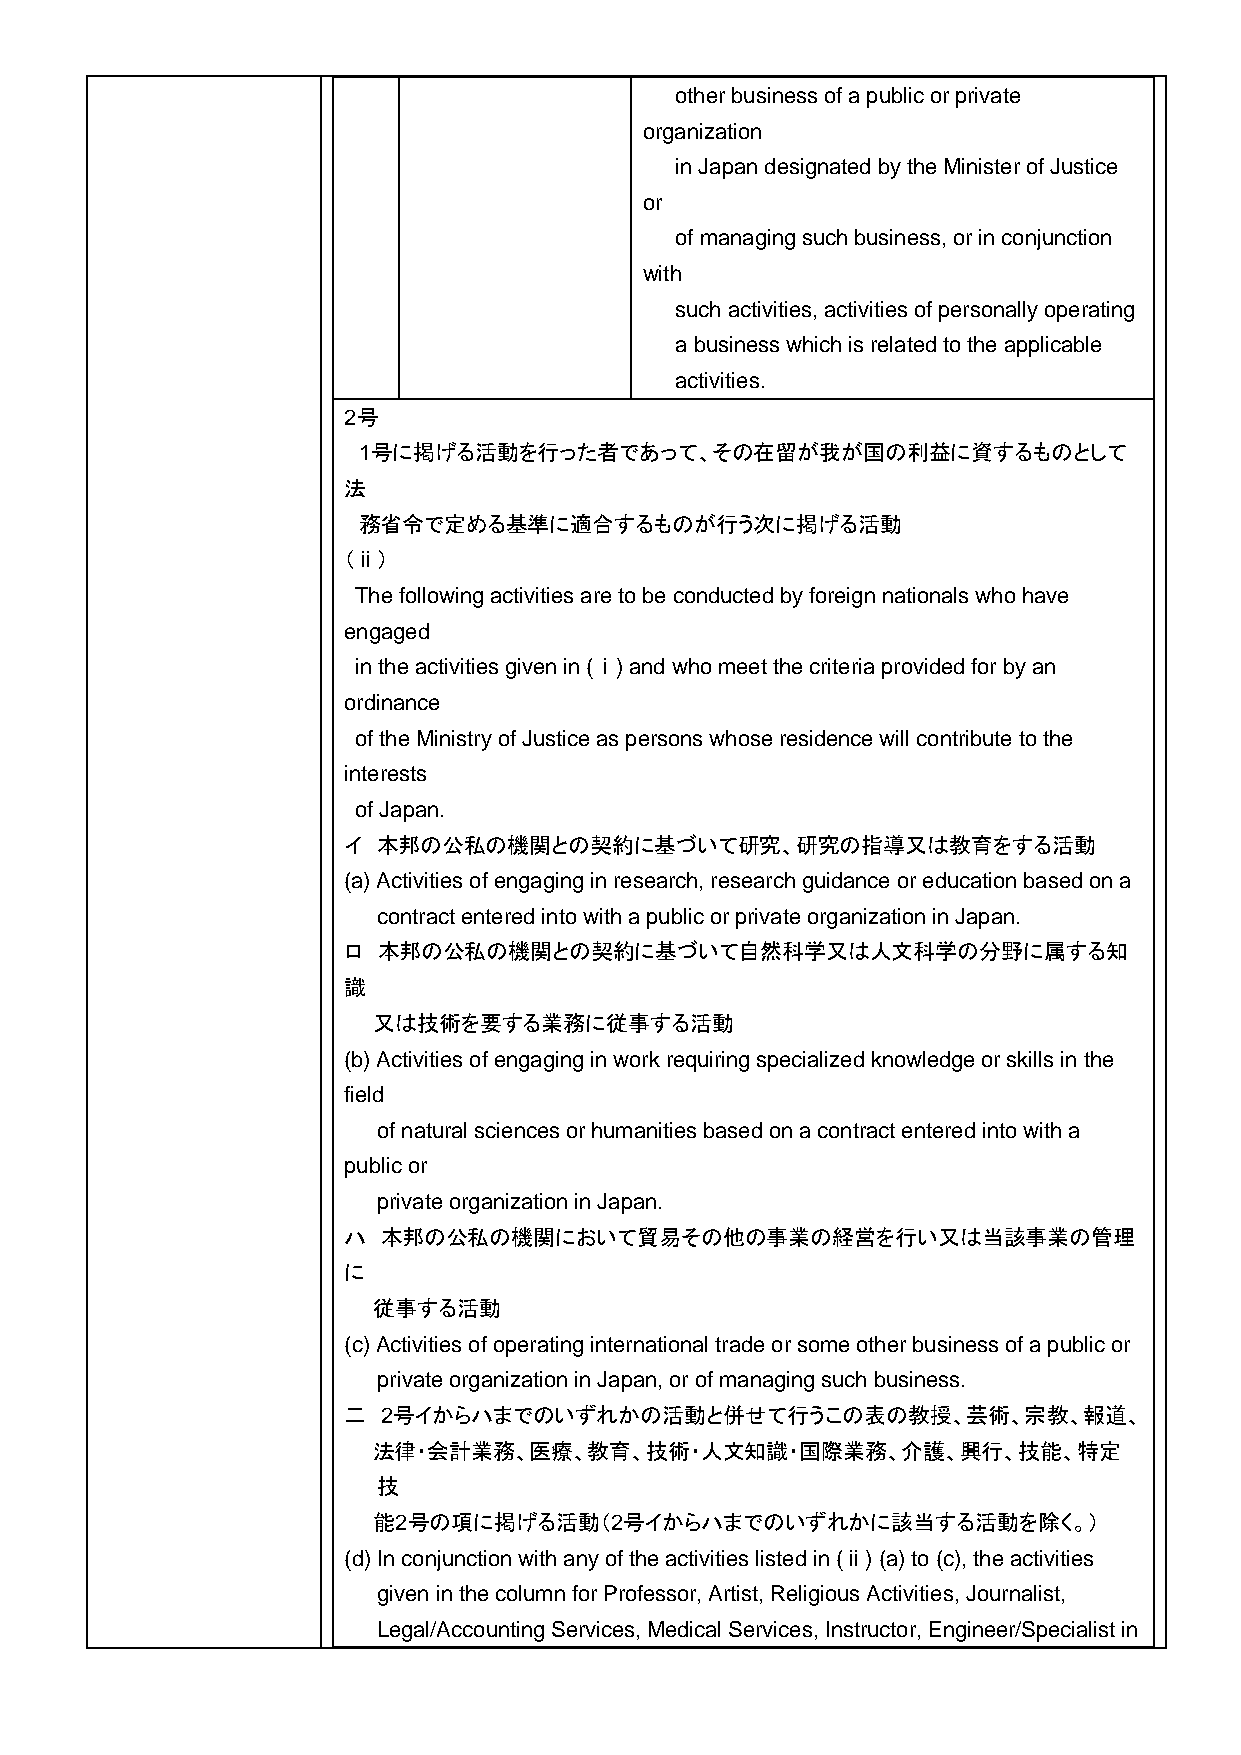
other business of a public or private
 organization
 in Japan designated by the Minister of Justice
 or
 of managing such business, or in conjunction
 with
 such activities, activities of personally operating
 a business which is related to the applicable
 activities.
 2号
 1号に掲げる活動を行った者であって、その在留が我が国の利益に資するものとして
 法
 務省令で定める基準に適合するものが行う次に掲げる活動
 （ⅱ）
 The following activities are to be conducted by foreign nationals who have
 engaged
 in the activities given in (ⅰ) and who meet the criteria provided for by an
 ordinance
 of the Ministry of Justice as persons whose residence will contribute to the
 interests
 of Japan.
 イ 本邦の公私の機関との契約に基づいて研究、研究の指導又は教育をする活動
 (a) Activities of engaging in research, research guidance or education based on a
 contract entered into with a public or private organization in Japan.
 ロ 本邦の公私の機関との契約に基づいて自然科学又は人文科学の分野に属する知
 識
 又は技術を要する業務に従事する活動
 (b) Activities of engaging in work requiring specialized knowledge or skills in the
 field
 of natural sciences or humanities based on a contract entered into with a
 public or
 private organization in Japan.
 ハ 本邦の公私の機関において貿易その他の事業の経営を行い又は当該事業の管理
 に
 従事する活動
 (c) Activities of operating international trade or some other business of a public or
 private organization in Japan, or of managing such business.
 二 2号イからハまでのいずれかの活動と併せて行うこの表の教授、芸術、宗教、報道、
 法律・会計業務、医療、教育、技術・人文知識・国際業務、介護、興行、技能、特定
 技
 能2号の項に掲げる活動（2号イからハまでのいずれかに該当する活動を除く。）
 (d) In conjunction with any of the activities listed in (ⅱ) (a) to (c), the activities
 given in the column for Professor, Artist, Religious Activities, Journalist,
 Legal/Accounting Services, Medical Services, Instructor, Engineer/Specialist in